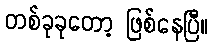
တစ်ခုခုတော့ ဖြစ်နေပြီ။